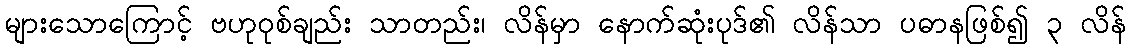
များသောကြောင့် ဗဟုဝုစ်ချည်း သာတည်း၊ လိန်မှာ နောက်ဆုံးပုဒ်၏ လိန်သာ ပဓာနဖြစ်၍ ၃ လိန်